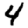
Digit: 4